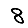
Digit: 8